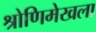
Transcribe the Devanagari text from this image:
श्रोणिमेखला